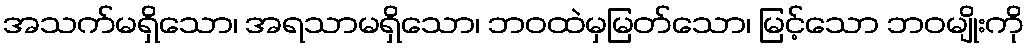
အသက်မရှိသော၊ အရသာမရှိသော၊ ဘဝထဲမှမြတ်သော၊ မြင့်သော ဘဝမျိုးကို